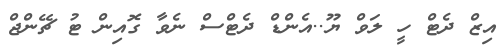
އިޒް ދެޓް ހީ ލަވް ޔޫ..އެންޑް ދެޓްސް ނެވާ ގޮއިން ޓު ޗޭންޖް